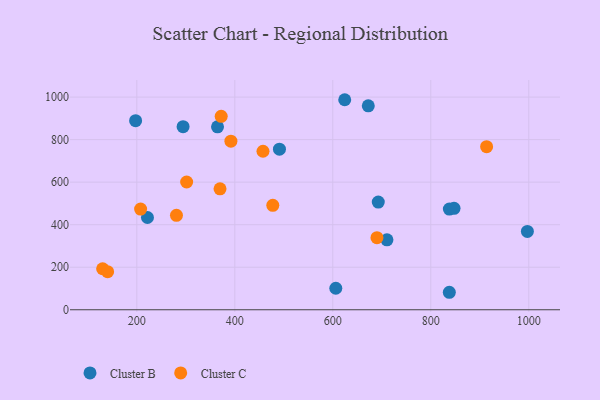
{"axis": {"x": "Ad Spend", "y": "Rating"}, "legend": ["Cluster B", "Cluster C"], "data": [{"x": "364.7", "y": 860.1, "type": "Cluster B"}, {"x": "710.5", "y": 329.0, "type": "Cluster B"}, {"x": "606.1", "y": 101.2, "type": "Cluster B"}, {"x": "692.8", "y": 506.3, "type": "Cluster B"}, {"x": "837.8", "y": 82.2, "type": "Cluster B"}, {"x": "837.9", "y": 473.6, "type": "Cluster B"}, {"x": "847.4", "y": 476.9, "type": "Cluster B"}, {"x": "624.3", "y": 987.5, "type": "Cluster B"}, {"x": "997.1", "y": 368.5, "type": "Cluster B"}, {"x": "197.5", "y": 889.0, "type": "Cluster B"}, {"x": "672.4", "y": 958.9, "type": "Cluster B"}, {"x": "294.4", "y": 860.7, "type": "Cluster B"}, {"x": "491.1", "y": 755.1, "type": "Cluster B"}, {"x": "221.7", "y": 433.7, "type": "Cluster B"}, {"x": "457.5", "y": 745.2, "type": "Cluster C"}, {"x": "372.2", "y": 909.4, "type": "Cluster C"}, {"x": "130.2", "y": 192.9, "type": "Cluster C"}, {"x": "301.7", "y": 600.7, "type": "Cluster C"}, {"x": "207.7", "y": 473.3, "type": "Cluster C"}, {"x": "392.0", "y": 792.6, "type": "Cluster C"}, {"x": "280.9", "y": 443.8, "type": "Cluster C"}, {"x": "140.4", "y": 179.1, "type": "Cluster C"}, {"x": "369.8", "y": 568.7, "type": "Cluster C"}, {"x": "913.9", "y": 766.6, "type": "Cluster C"}, {"x": "477.5", "y": 491.0, "type": "Cluster C"}, {"x": "690.1", "y": 338.9, "type": "Cluster C"}]}